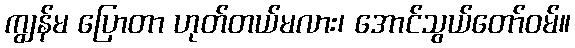
ကျွန်မ ပြောတာ ဟုတ်တယ်မလား၊ အောင်သွယ်တော်ဝမ်။